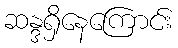
ဆန္ဒရှိနေကြောင်း